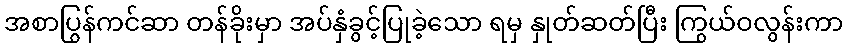
အစာပြွန်ကင်ဆာ တန်ခိုးမှာ အပ်နှံခွင့်ပြုခဲ့သော ရမှ နှုတ်ဆတ်ပြီး ကြွယ်ဝလွန်းကာ